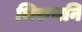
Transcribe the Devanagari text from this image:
थिरुथनि